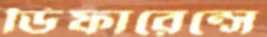
ডিফারেন্সে